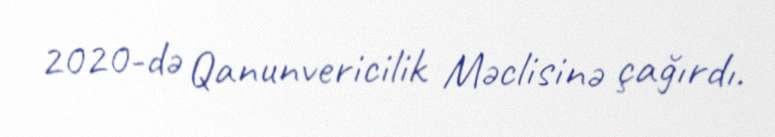
2020-də Qanunvericilik Məclisinə çağırdı.